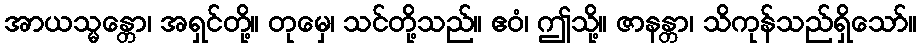
အာယသ္မန္တော၊ အရှင်တို့။ တုမှေ၊ သင်တို့သည်။ ဧဝံ၊ ဤသို့။ ဇာနန္တာ၊ သိကုန်သည်ရှိသော်။